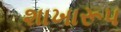
શાખારૂપ